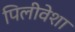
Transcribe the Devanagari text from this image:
पिलीवेशा